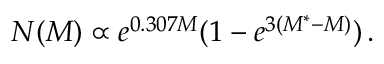
\ N ( M ) \propto e ^ { 0 . 3 0 7 M } ( 1 - e ^ { 3 ( M ^ { * } - M ) } ) \, .